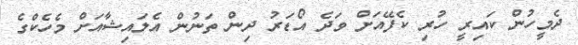
ދެމީހުން ކައިރީ ހުރި ކެފޭއަށް ވަދެ އޯޑަރު ދިން ތަނުން އެލައިޝާއަށް މެހެކްގެ